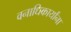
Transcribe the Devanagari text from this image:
वनाधिकार्यांना